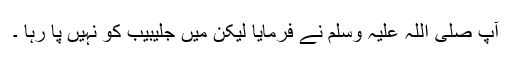
آپ صلی اللہ علیہ وسلم نے فرمایا لیکن میں جلیبیب کو نہیں پا رہا ۔